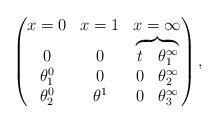
LaTeX: \begin{gather*}\left(\begin{matrix} x=0 & x=1 & x=\infty \\\begin{matrix} 0 \\ \theta^0_1 \\ \theta^0_2 \end{matrix}& \begin{matrix} 0 \\ 0 \\ \theta^1 \end{matrix}& \overbrace{\begin{matrix} t & \theta^\infty_1 \\ 0 & \theta^\infty_2 \\ 0 & \theta^\infty_3 \end{matrix}}\end{matrix}\right) ,\end{gather*}